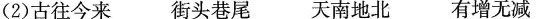
(2)古往今来 街头巷尾天南地北 有增无减